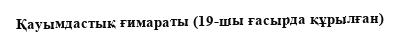
Қауымдастық ғимараты (19-шы ғасырда құрылған)